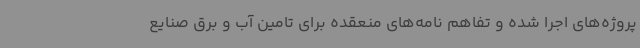
پروژه‌های اجرا شده و تفاهم نامه‌های منعقده برای تامین آب و برق صنایع